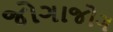
જોગાજોગ